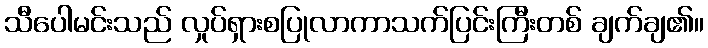
သီပေါမင်းသည် လှုပ်ရှားစပြုလာကာသက်ပြင်းကြီးတစ် ချက်ချ၏။